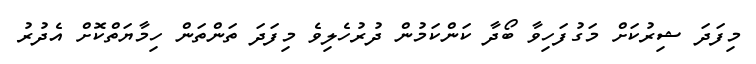
މިފަދަ ޝިރުކަށް މަގުފަހިވާ ބޯދާ ކަންކަމުން ދުރުހެލިވެ މިފަދަ ތަންތަން ހިމާޔަތްކޮށް އެދުރު